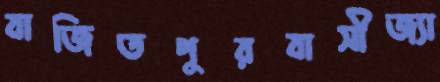
বাজিতপুরবাসীজ্যা